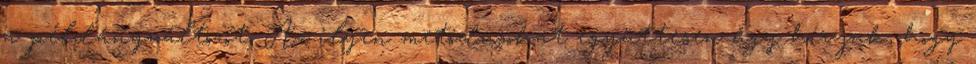
a példányváltozót. Az ilyen metódusokat együttesen úgy hívjuk, hogy